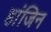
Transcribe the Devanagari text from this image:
हांजिन